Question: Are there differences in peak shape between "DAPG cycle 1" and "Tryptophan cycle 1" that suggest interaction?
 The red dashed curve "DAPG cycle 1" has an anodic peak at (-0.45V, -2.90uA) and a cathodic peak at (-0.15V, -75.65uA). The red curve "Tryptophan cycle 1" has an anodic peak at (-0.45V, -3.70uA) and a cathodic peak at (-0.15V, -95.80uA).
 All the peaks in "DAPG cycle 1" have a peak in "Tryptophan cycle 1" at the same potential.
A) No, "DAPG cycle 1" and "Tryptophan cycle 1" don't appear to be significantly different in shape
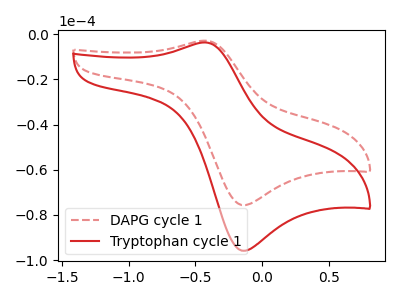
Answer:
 <answer>A) No, "DAPG cycle 1" and "Tryptophan cycle 1" don't appear to be significantly different in shape</answer>
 <eval>A</eval>